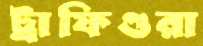
ট্রাফিগুরা